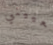
تعييني